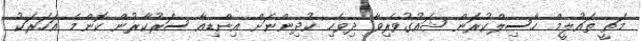
މަތީ ތައުލީމް ހާސިލްކުރަން ޝައުގުވެރިވާ ދިވެހި ކުދިންނަށް އިންޑިއާ ސަރުކާރުން ކޮންމެ އަހަރަކު